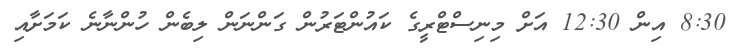
8:30 އިން 12:30 އަށް މިނިސްޓްރީގެ ކައުންޓަރުން ގަންނަން ލިބެން ހުންނާނެ ކަމަށާއި